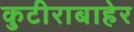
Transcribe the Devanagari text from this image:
कुटीराबाहेर